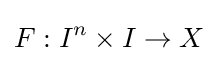
F:I^{n}\times I\to X